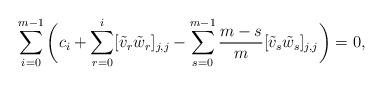
LaTeX: \begin{align*}\sum_{i=0}^{m-1}\bigg(c_i+\sum_{r=0}^i[\tilde{v}_r \tilde{w}_r]_{j,j}-\sum_{s=0}^{m-1}\frac{m-s}{m}[\tilde{v}_s\tilde{w}_s]_{j,j}\bigg)=0,\end{align*}